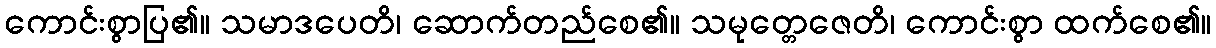
ကောင်းစွာပြ၏။ သမာဒပေတိ၊ ဆောက်တည်စေ၏။ သမုတ္တေဇေတိ၊ ကောင်းစွာ ထက်စေ၏။